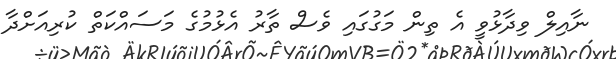
ނާއިލް ވިދާޅުވީ އެ ތިން މަގުގައި ވެސް ތާރު އެޅުމުގެ މަސައްކަތް ކުރިއަށްދާ